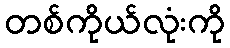
တစ်ကိုယ်လုံးကို